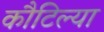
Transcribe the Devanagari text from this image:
कौटिल्या